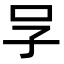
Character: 𠯂